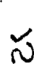
స